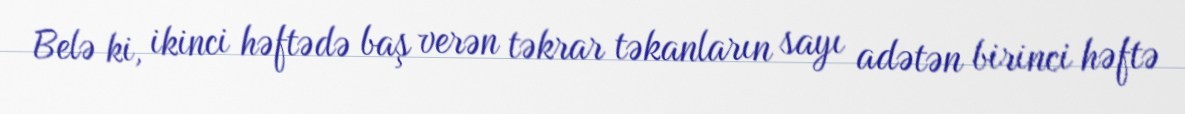
Belə ki, ikinci həftədə baş verən təkrar təkanların sayı adətən birinci həftə